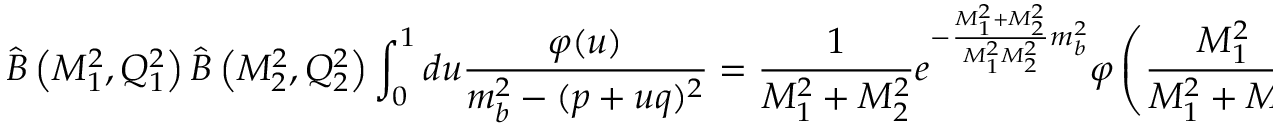
\widehat { B } \left( M _ { 1 } ^ { 2 } , Q _ { 1 } ^ { 2 } \right) \widehat { B } \left( M _ { 2 } ^ { 2 } , Q _ { 2 } ^ { 2 } \right) \int _ { 0 } ^ { 1 } d u \frac { \varphi ( u ) } { m _ { b } ^ { 2 } - ( p + u q ) ^ { 2 } } = \frac { 1 } { M _ { 1 } ^ { 2 } + M _ { 2 } ^ { 2 } } e ^ { - \frac { M _ { 1 } ^ { 2 } + M _ { 2 } ^ { 2 } } { M _ { 1 } ^ { 2 } M _ { 2 } ^ { 2 } } m _ { b } ^ { 2 } } \varphi \left( \frac { M _ { 1 } ^ { 2 } } { M _ { 1 } ^ { 2 } + M _ { 2 } ^ { 2 } } \right) .